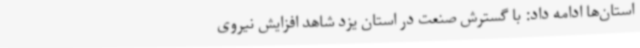
استان‌ها ادامه داد: با گسترش صنعت در استان یزد شاهد افزایش نیروی